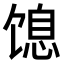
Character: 𬳋